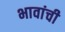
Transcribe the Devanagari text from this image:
भावांची